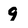
Character: 9